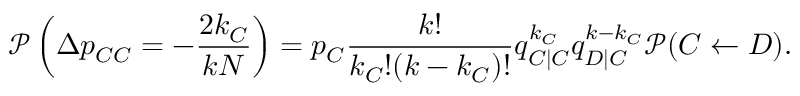
\mathcal { P } \left( \Delta p _ { C C } = - \frac { 2 k _ { C } } { k N } \right) = p _ { C } \frac { k ! } { k _ { C } ! ( k - k _ { C } ) ! } q _ { C | C } ^ { k _ { C } } q _ { D | C } ^ { k - k _ { C } } \mathcal { P } ( C \gets D ) .